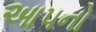
આ૫નો